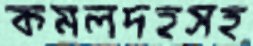
কমলদহসহ